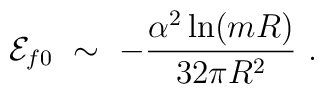
{\cal E} _{f0} \ \sim\ -\frac{\alpha^2\ln (mR)}{32\pi R^2}\ .